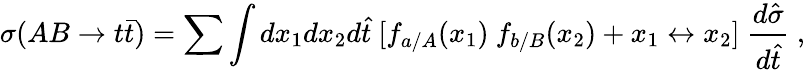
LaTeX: \sigma(AB\rightarrow t\bar{t})=\sum\int dx_{1}dx_{2}d\hat{t}~\lbrack f_{a/A}(x_{1})~f_{b/B}(x_{2})+x_{1}\leftrightarrow x_{2}\rbrack~{\frac{d\hat{\sigma}}{d\hat{t}}}~,